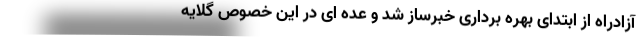
آزادراه از ابتدای بهره برداری خبرساز شد و عده ای در این خصوص گلایه